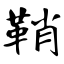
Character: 鞘